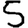
Digit: 5